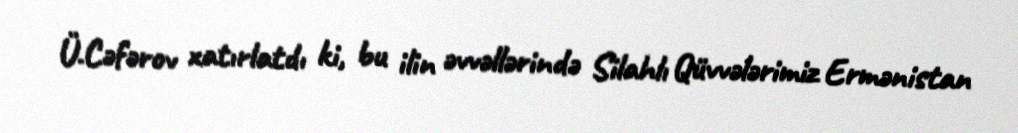
Ü.Cəfərov xatırlatdı ki, bu ilin əvvəllərində Silahlı Qüvvələrimiz Ermənistan